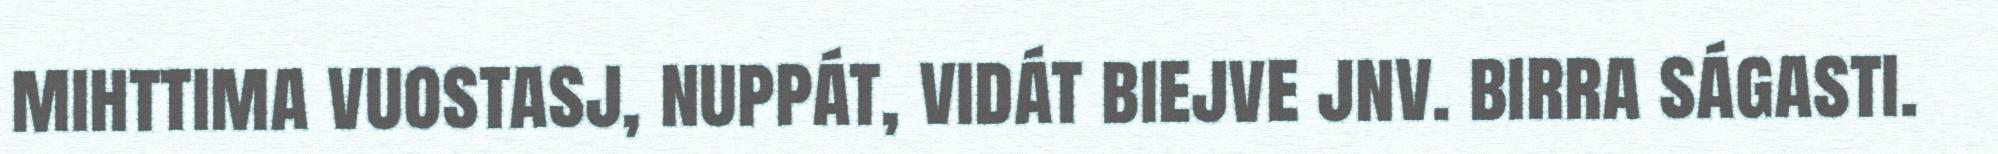
mihttima vuostasj, nuppát, vidát biejve jnv. birra ságasti.